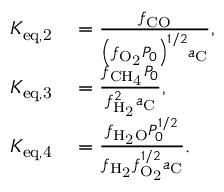
\begin{array} { r l } { K _ { \mathrm { e q , 2 } } } & { { } = \frac { f _ { \mathrm { C O } } } { \left( f _ { \mathrm { O _ { 2 } } } P _ { 0 } \right) ^ { 1 / 2 } a _ { \mathrm { C } } } , } \\ { K _ { \mathrm { e q , 3 } } } & { { } = \frac { f _ { \mathrm { C H _ { 4 } } } P _ { 0 } } { f _ { \mathrm { H _ { 2 } } } ^ { 2 } a _ { \mathrm { C } } } , } \\ { K _ { \mathrm { e q , 4 } } } & { { } = \frac { f _ { \mathrm { H _ { 2 } O } } P _ { 0 } ^ { 1 / 2 } } { f _ { \mathrm { H _ { 2 } } } f _ { \mathrm { O _ { 2 } } } ^ { 1 / 2 } a _ { \mathrm { C } } } . } \end{array}